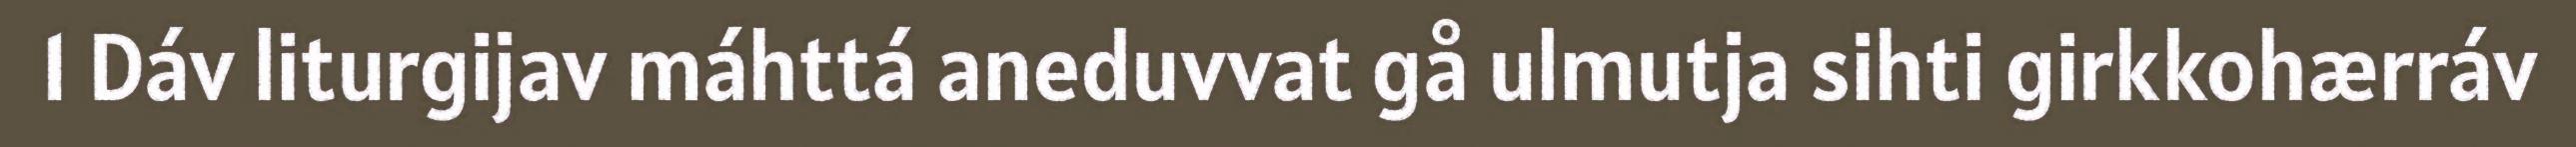
1 Dáv liturgijav máhttá aneduvvat gå ulmutja sihti girkkohærráv